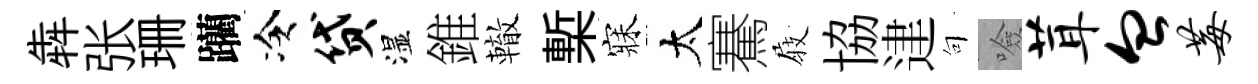
犇张珊躪冷贷湿錐轍槧寐太騫𡲆協䢖句噞茸血莓